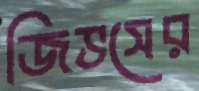
জিভসের